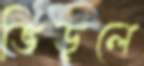
ভিড়লে